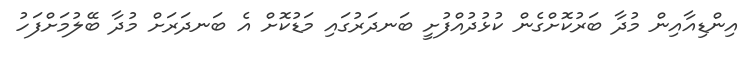
އިންޑިއާއިން މުދާ ބަރުކޮށްގެން ކުޅުދުއްފުށީ ބަނދަރުގައި މަޑުކޮށް އެ ބަނދަރަށް މުދާ ބޭލުމަށްފަހު